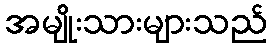
အမျိုးသားများသည်